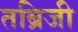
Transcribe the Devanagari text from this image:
तब्रिजी